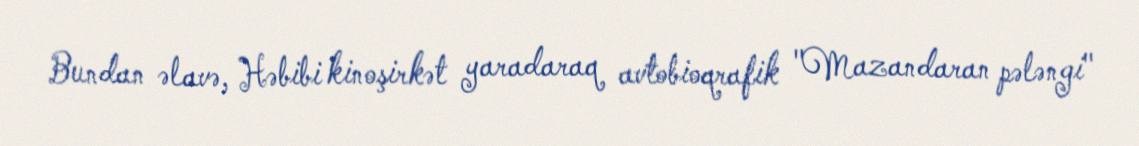
Bundan əlavə, Həbibi kinoşirkət yaradaraq avtobioqrafik "Mazandaran pələngi"